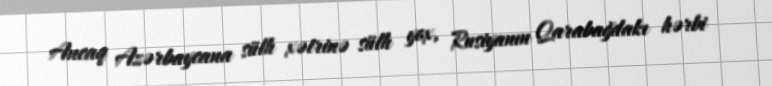
Ancaq Azərbaycana sülh xətrinə sülh yox, Rusiyanın Qarabağdakı hərbi